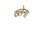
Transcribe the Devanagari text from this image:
ख्लेना